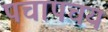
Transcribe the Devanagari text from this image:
पचापचय